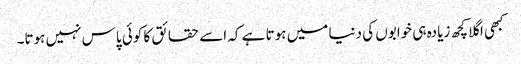
کبھی اگلا کچھ زیادہ ہی خوابوں کی دنیا میں ہوتا ہے کہ اسے حقائق کا کوئی پاس نہیں ہوتا۔